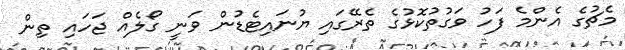
މެޗުގެ އެންމެ ފަހު ވަގުތުކޮޅުގެ ތެރޭގައި ޔުނައިޓެޑުން ވަނީ ގޯލެއް ޖަހައި ތިން